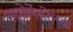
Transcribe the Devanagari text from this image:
स्यूडोमेंबरेनस